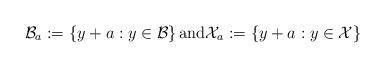
LaTeX: \begin{align*} \mathcal{B}_a := \left\{ y + a : y \in \mathcal{B} \right\} \mbox{and} \mathcal{X}_a := \left\{ y + a : y \in \mathcal{X} \right\} \end{align*}